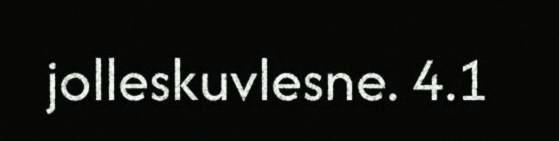
jolleskuvlesne. 4.1